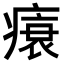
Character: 𤸬